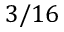
3 / 1 6